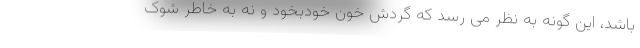
باشد، این گونه به نظر می رسد که گردش خون خودبخود و نه به خاطر شوک